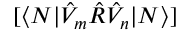
[ \langle N | \hat { V } _ { m } \hat { R } \hat { V } _ { n } | N \rangle ]